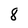
Character: 8